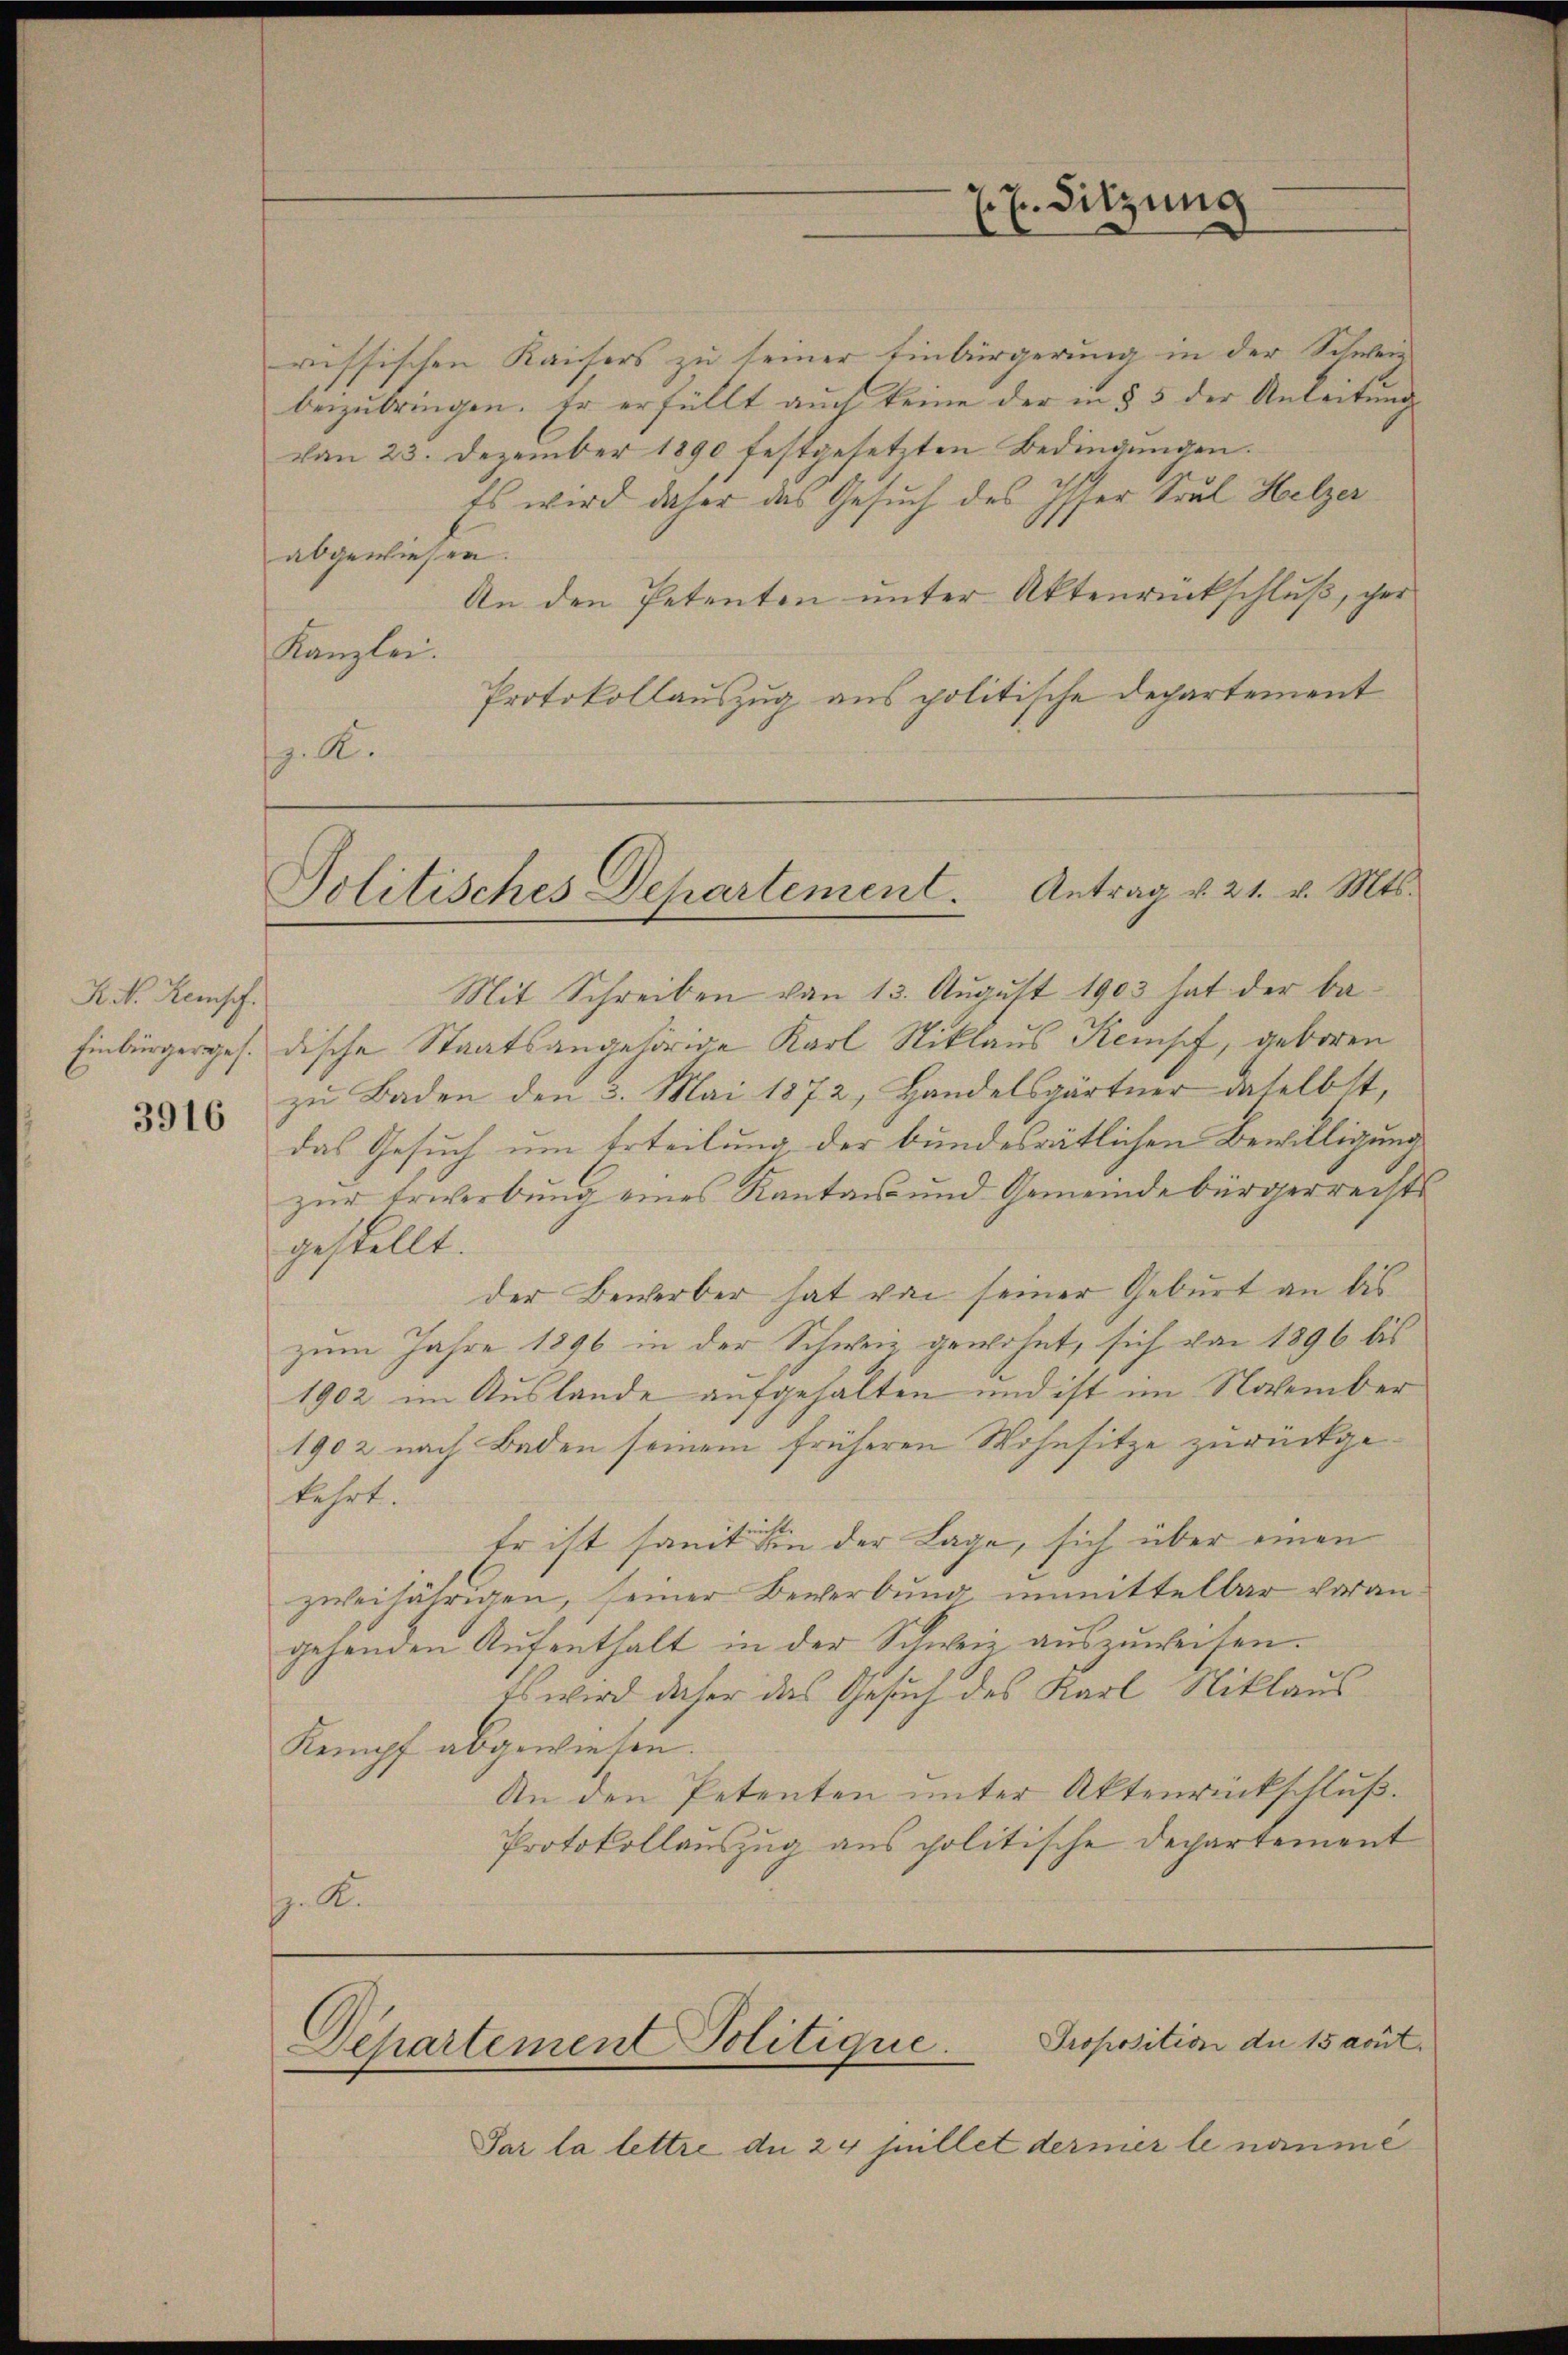
Kit. Remsch.
3916

7. Sitzung

Politisches Departement. Antrag u. 21. v. Mts.

russischen Kaisers zu seiner Einbürgerung in der Schwei
beizubringen. Er erfüllt auch keine der in § 5 der Anleitung
von 23. Dezember 1890 festgesetzten Bedingungen.
Es wird daher das Gesuch des Isser Saul Helzer
abgewiesen.
An den Petenten unter Aktenrückschluß, der
Kanzlei.
Protokollauszug aus politische Departement
. A.
Mit Schreiben von 13. August 1903 hat der be¬
Einbürgerges. dische Staatsangehörige Karl Niklaus Kempf, geboren
zu Baden den 3. Mai 1872, Handelsgärtner daselbst,
das Gesuch um Erteilung der bundesrätlichen Bewilligung
zur Erwerbung eines Kanton und Gemeindebürgerrechts
gestellt.
der Bewerber hat von seiner Geburt an bis
zum Jahre 1896 in der Schweiz gewohnt, sich von 1896 bis
1902 im Auslande aufgehalten und ist im November
1902 nach Baden seinem früheren Wohnsitze zurückgekehrt.
Er ist samt in der Lage, sich über einen
zweijährigen, seiner Bewerbung unmittelbar vorangehenden Aŭfenthalt in der Schweiz aŭszŭweisen.
Es wird daher das Gesuch des Karl Niklaus
Kampf abgewiesen.
An den Petenten unter Aktenrückschluß.
Protokollauszug aus politische Departement
. A.

Proposition du 15 cout.
Departement Politique.

Par la lettre du 24 Juillet dernier le namme